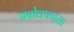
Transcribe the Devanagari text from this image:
प्रबोधपचासा